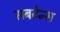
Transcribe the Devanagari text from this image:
सबटेन्स